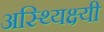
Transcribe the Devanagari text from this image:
अस्थ्यिक्ष्यी